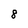
Character: 8